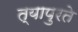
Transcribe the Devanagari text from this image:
त्यापुरते